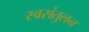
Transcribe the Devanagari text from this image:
स्वसंतुलन